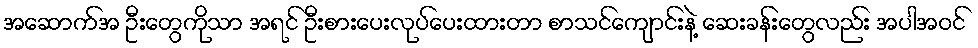
အဆောက်အ ဦးတွေကိုသာ အရင် ဦးစားပေးလုပ်ပေးထားတာ စာသင်ကျောင်းနဲ့ ဆေးခန်းတွေလည်း အပါအဝင်